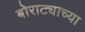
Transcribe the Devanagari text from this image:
बोराट्याच्या